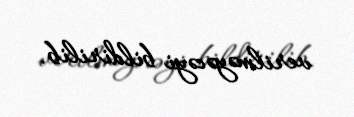
verilməyəcəyi bildirilib.